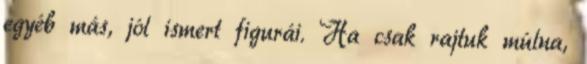
egyéb más, jól ismert figurái. Ha csak rajtuk múlna,